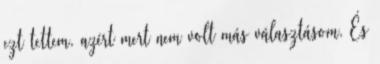
ezt tettem, azért mert nem volt más választásom. És